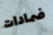
ضمادات